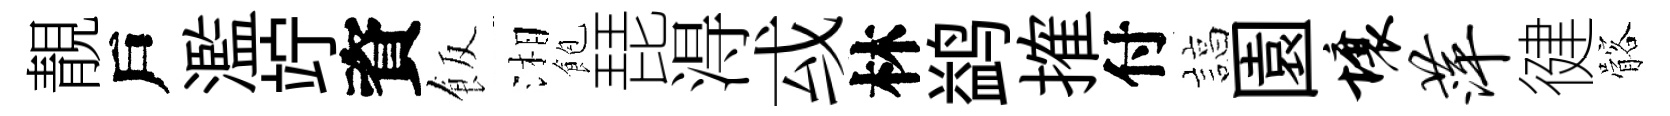
靚戶濫竚資飯湘飽琵淂㦯林鹢搉付諄園壤萍徤髂